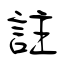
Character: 註